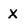
Character: X